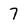
Character: 7